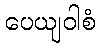
ပေယျဝါစံ